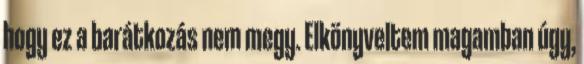
hogy ez a barátkozás nem megy. Elkönyveltem magamban úgy,